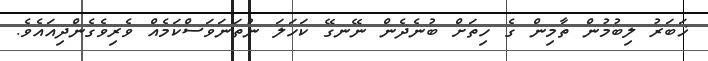
ޚަބަރު ލިބުމުން ތާމިން ގެ ހިތަށް ބުނެދެން ނޭނގޭ ކަހަލަ ނުތަނަވަސްކަމެއް ވެރިވެގެންދިއައެވެ.